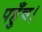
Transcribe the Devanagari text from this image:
पहुँच।